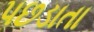
પછડાતા